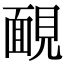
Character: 靦